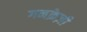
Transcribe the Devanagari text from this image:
गनक्रेज़ी